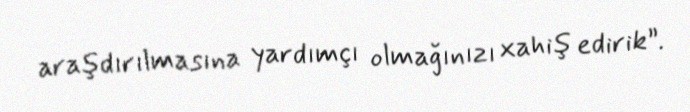
araşdırılmasına yardımçı olmağınızı xahiş edirik”.